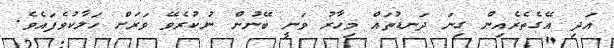
އަދި އޭގެތެރެއިން ގިނަ ދަނޑުތައް މިހާރު ވަނީ ބޭނުން ނުކުރެވޭ ވަރަށް ހަލާކުވެފައެވެ.